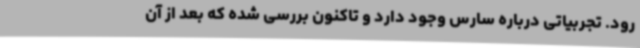
رود. تجربیاتی درباره سارس وجود دارد و تاکنون بررسی شده که بعد از آن